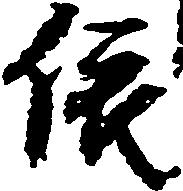
依